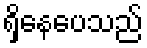
ရှိနေပေသည်